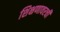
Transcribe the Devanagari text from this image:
शिक्षणावरची